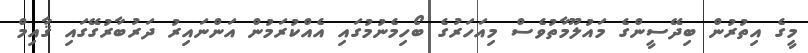
މީގެ އިތުރުން ބިދޭސީންގެ މައުލޫމާތުވެސް މިއަހަރުގެ ބޯހިމެނުމުގައި އެއްކުރަމުން އަންނައިރު ދަރުބާރުގޭގައި ޤާއިމް